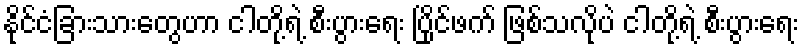
နိုင်ငံခြားသားတွေဟာ ငါတို့ရဲ့ စီးပွားရေး ပြိုင်ဖက် ဖြစ်သလိုပဲ ငါတို့ရဲ့ စီးပွားရေး